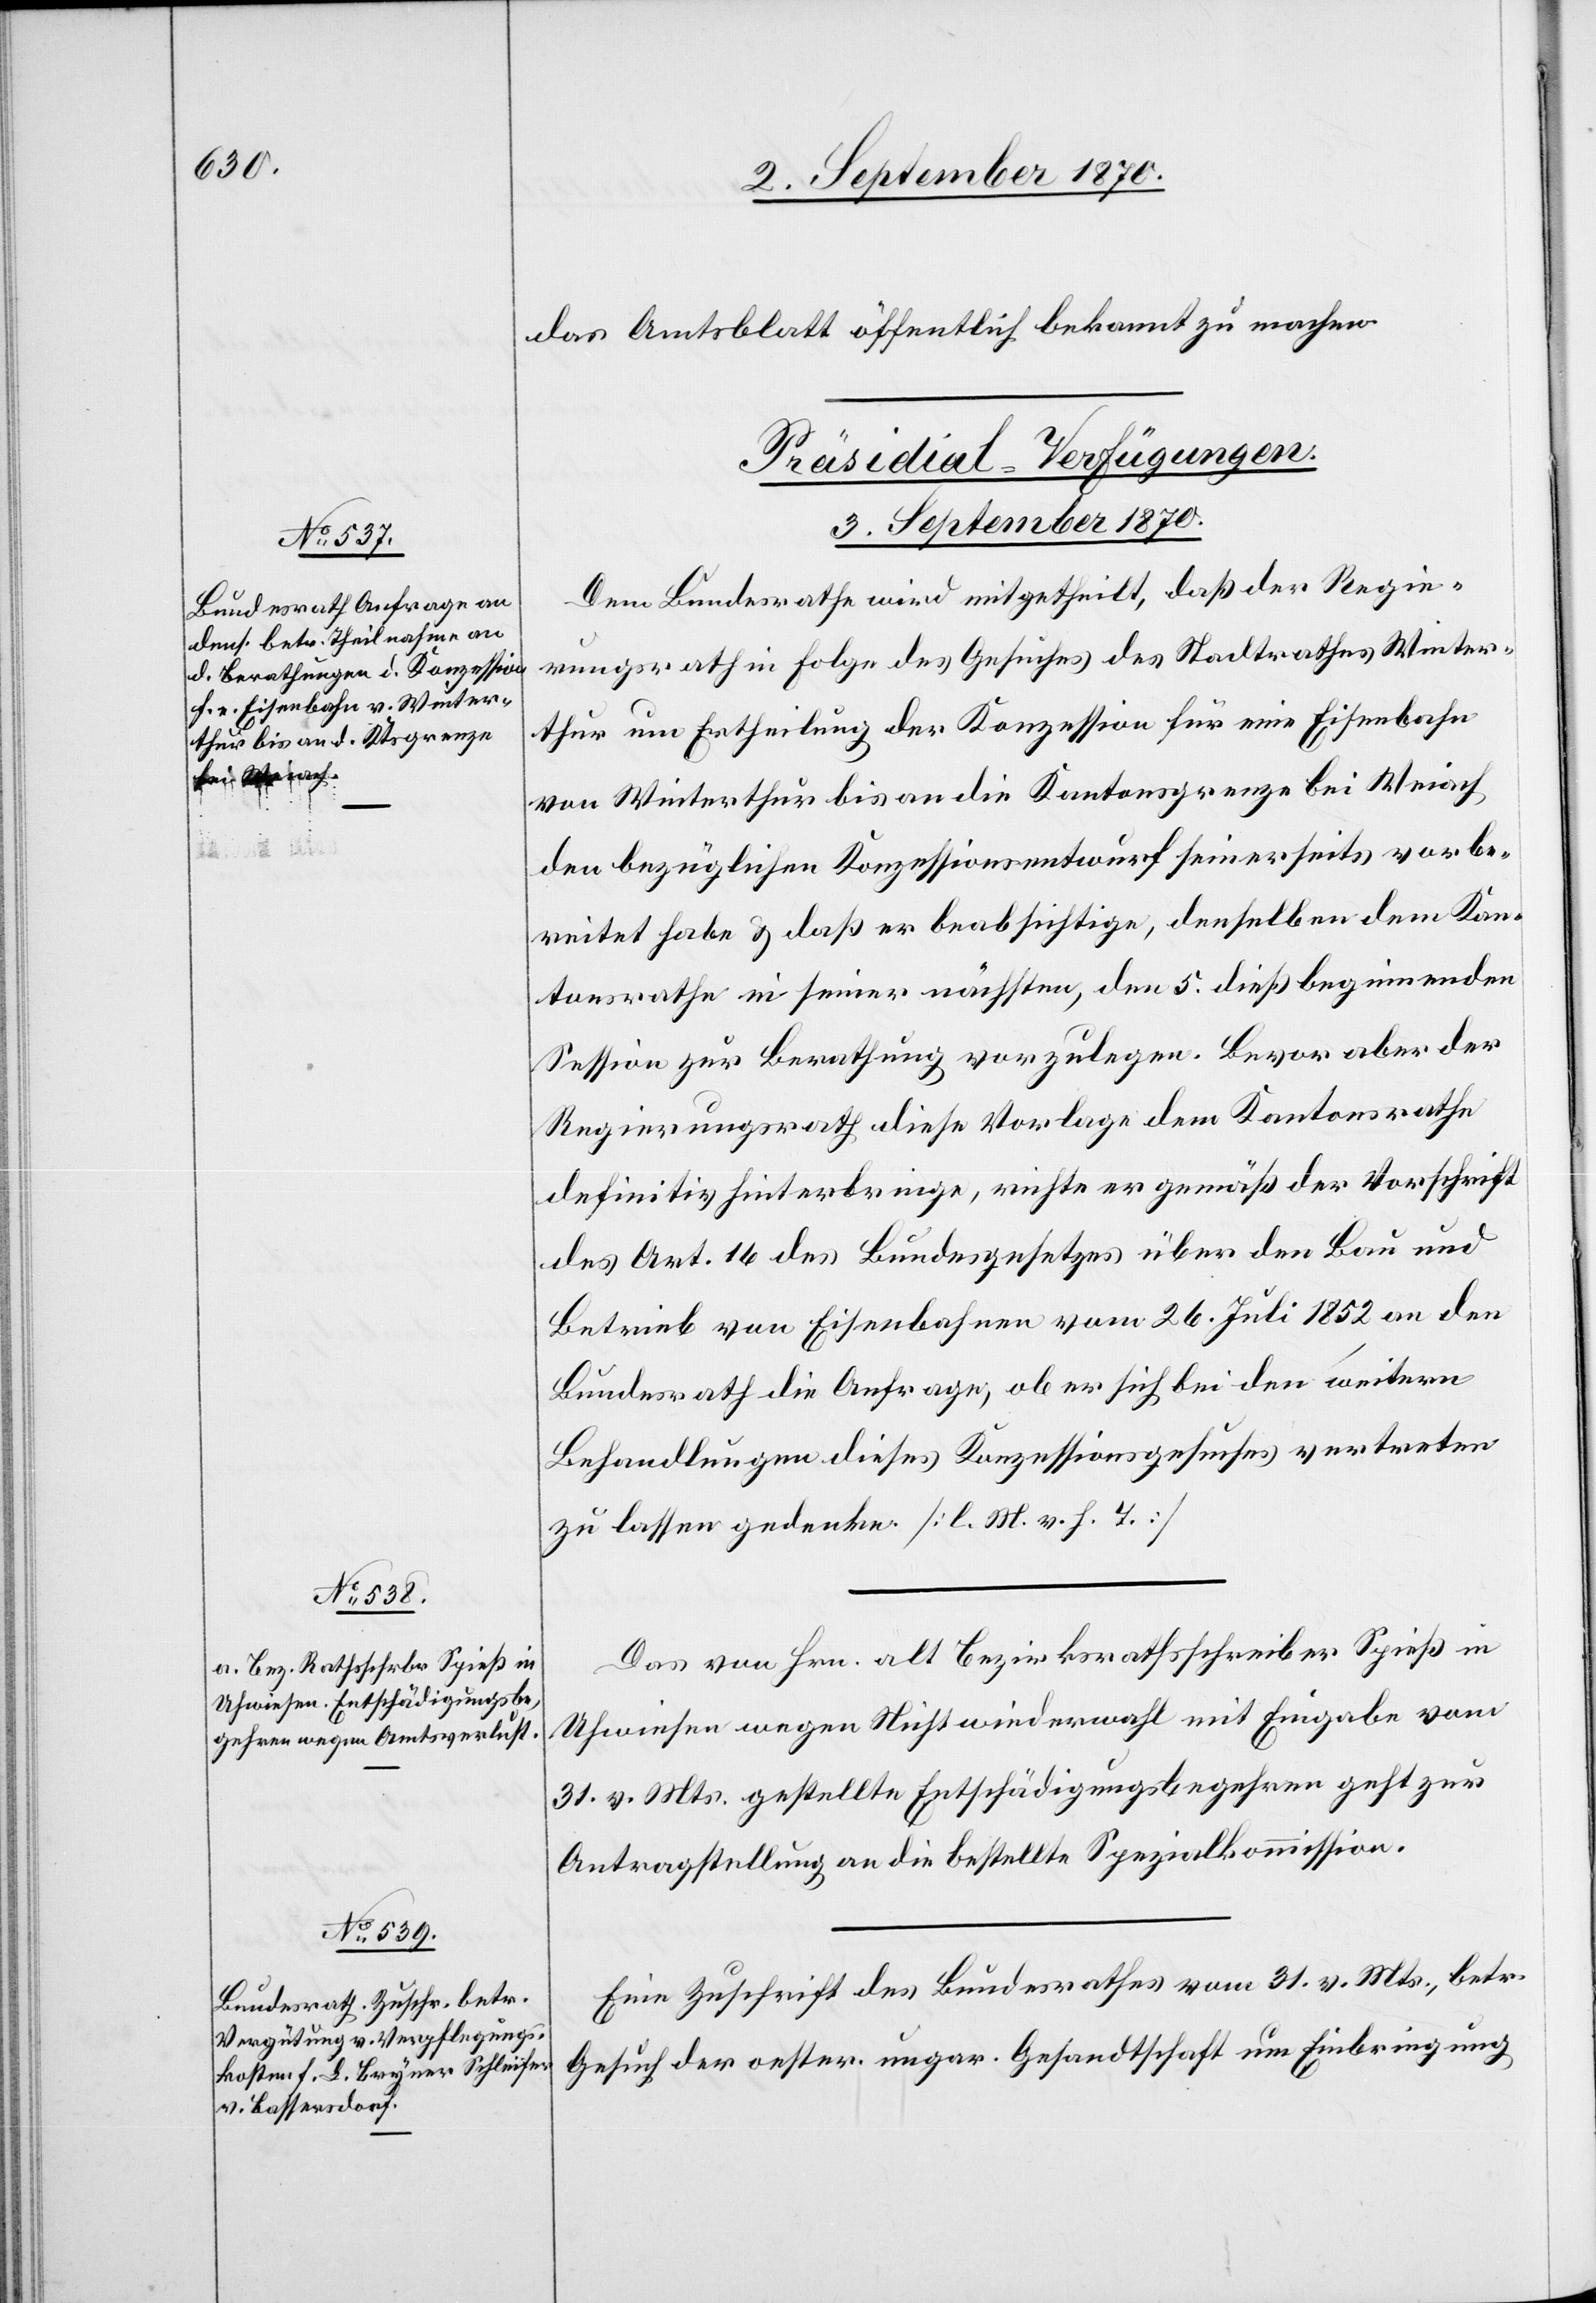
3. September 1870.]
das Amtsblatt öffentlich bekannt zu machen.
[Präsidial-Verfügungen.
3. September 1870.
Dem Bundesrath wird mitgetheilt, daß der Regie¬
rungsrath in Folge des Gesuches des Stadtrathes Winter¬
thur um Ertheilung der Konzession für eine Eisenbahn
von Winterthur bis an die Kantonsgrenze bei Weiach
den bezüglichen Konzessionsentwurf seinerseits vorbe¬
reitet habe & daß er beabsichtige, denselben dem Kan¬
tonsrathe in seiner nächsten, den 5. dieß beginnenden
Session zur Berathung vorzulegen. Bevor aber der
Regierungsrath diese Vorlage dem Kantonsrathe
definitiv hinterbringe, richte er gemäß der Vorschrift
des Art. 16 des Bundesgesetzes über den Bau und
Betrieb von Eisenbahnen vom 26. Juli 1852 an den
Bundesrath die Anfrage, ob er sich bei den weitern
Behandlungen dieses Konzessionsgesuches vertreten
zu lassen gedenke. [l. M. v. h. T.]
Das von Hrn. alt Bezirksrathsschreiber Spieß in
Uhwiesen wegen Nichtwiederwahl mit Eingabe vom
31. v. Mts. gestellte Entschädigungsbegehren geht zur
Antragstellung an die bestellte Spezialkommission.
Eine Zuschrift des Bundesrathes vom 31. v. Mts., betr.
Gesuch der oester. ungar. Gesandtschaft um Einbringung